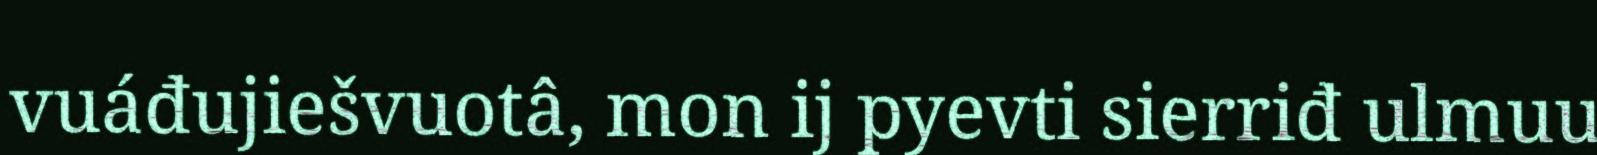
vuáđujiešvuotâ, mon ij pyevti sierriđ ulmuu